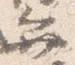
弁